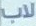
لاب